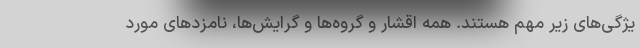
یژگی‌های زیر مهم هستند. همه اقشار و گروه‌ها و گرایش‌ها، نامزدهای مورد